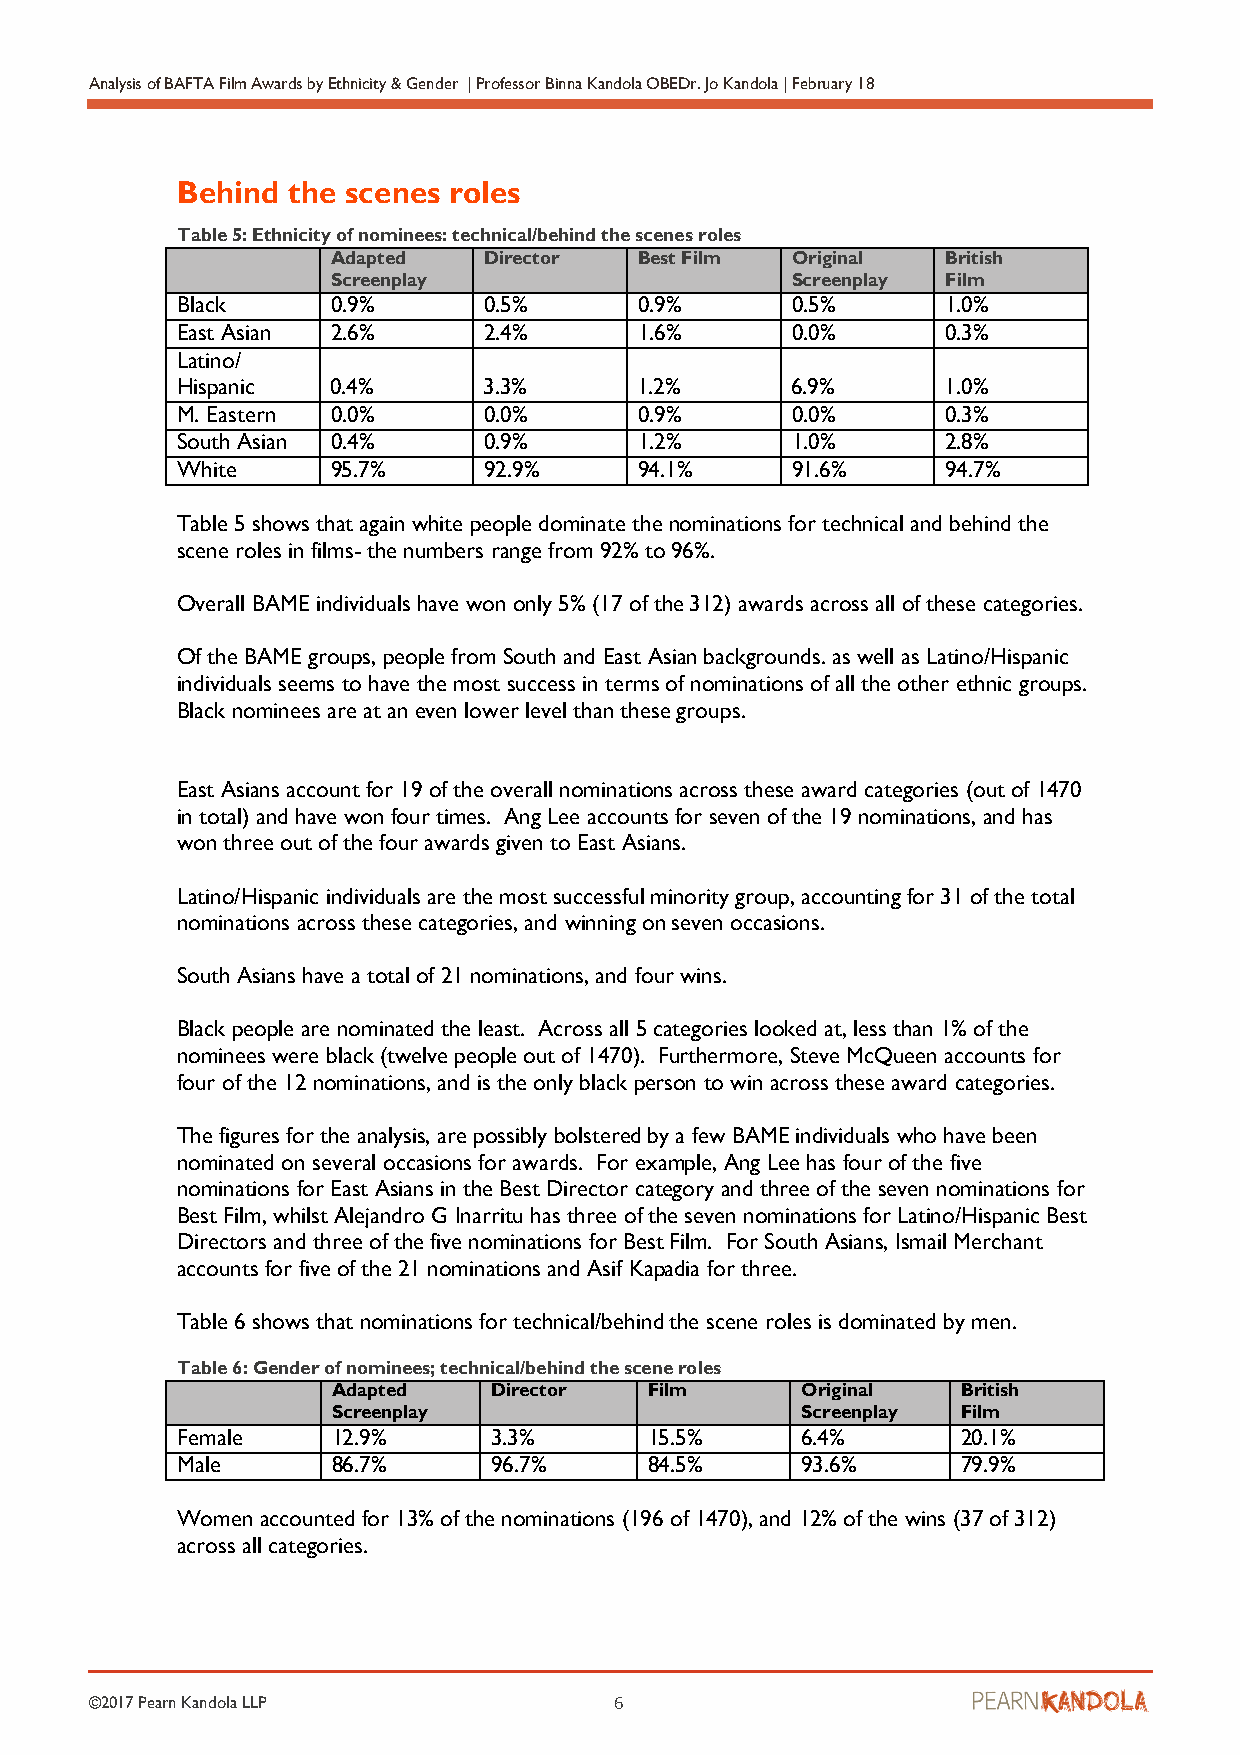
Analysis of BAFTA Film Awards by Ethnicity & Gender | Professor Binna Kandola OBEDr. Jo Kandola | February 18
 Behind the scenes roles
 Table 5: Ethnicity of nominees: technical/behind the scenes roles
 Adapted   Director  Best Film Original   British
 Screenplay                    Screenplay Film
 Black     0.9%      0.5%      0.9%      0.5%       1.0%
 East Asian 2.6%     2.4%      1.6%      0.0%       0.3%
 Latino/
 Hispanic  0.4%      3.3%      1.2%      6.9%       1.0%
 M. Eastern 0.0%     0.0%      0.9%      0.0%       0.3%
 South Asian 0.4%    0.9%      1.2%      1.0%       2.8%
 White     95.7%     92.9%     94.1%     91.6%      94.7%
 Table 5 shows that again white people dominate the nominations for technical and behind the
 scene roles in films- the numbers range from 92% to 96%.
 Overall BAME individuals have won only 5% (17 of the 312) awards across all of these categories.
 Of the BAME groups, people from South and East Asian backgrounds. as well as Latino/Hispanic
 individuals seems to have the most success in terms of nominations of all the other ethnic groups.
 Black nominees are at an even lower level than these groups.
 East Asians account for 19 of the overall nominations across these award categories (out of 1470
 in total) and have won four times. Ang Lee accounts for seven of the 19 nominations, and has
 won three out of the four awards given to East Asians.
 Latino/Hispanic individuals are the most successful minority group, accounting for 31 of the total
 nominations across these categories, and winning on seven occasions.
 South Asians have a total of 21 nominations, and four wins.
 Black people are nominated the least. Across all 5 categories looked at, less than 1% of the
 nominees were black (twelve people out of 1470). Furthermore, Steve McQueen accounts for
 four of the 12 nominations, and is the only black person to win across these award categories.
 The figures for the analysis, are possibly bolstered by a few BAME individuals who have been
 nominated on several occasions for awards. For example, Ang Lee has four of the five
 nominations for East Asians in the Best Director category and three of the seven nominations for
 Best Film, whilst Alejandro G Inarritu has three of the seven nominations for Latino/Hispanic Best
 Directors and three of the five nominations for Best Film. For South Asians, Ismail Merchant
 accounts for five of the 21 nominations and Asif Kapadia for three.
 Table 6 shows that nominations for technical/behind the scene roles is dominated by men.
 Table 6: Gender of nominees; technical/behind the scene roles
 Adapted    Director  Film      Original   British
 Screenplay                     Screenplay Film
 Female    12.9%      3.3%      15.5%     6.4%       20.1%
 Male      86.7%      96.7%     84.5%     93.6%      79.9%
 Women accounted for 13% of the nominations (196 of 1470), and 12% of the wins (37 of 312)
 across all categories.
 ©2017 Pearn Kandola LLP            6